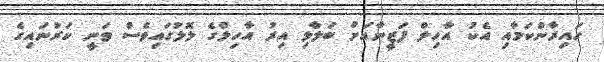
ހައިރާންކަމާއި އެކު އާހިލް ފަޒީނާއަށް ބަލާލި އިރު އާހިލްގެ ލޮލުގައިވެސް ވަނީ ކަރުނައިގެ